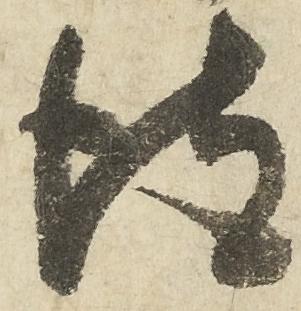
彼